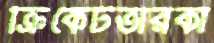
ক্রিকেটতারকা